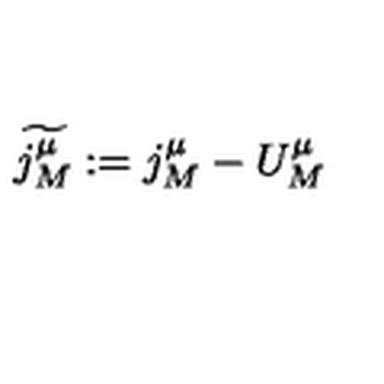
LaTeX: \widetilde { j _ { M } ^ { \mu } } : = j _ { M } ^ { \mu } - U _ { M } ^ { \mu }